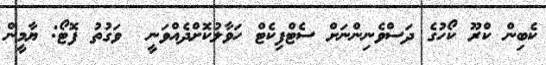
ކެބިން ކްރޫ ކޯހުގެ ދަސްވެނިންނަށް ސެޓްފިކެޓް ހަވާލުކޮށްދެއްވަނީ  ވަގުތު ފޮޓޯ: ޔާމީން